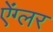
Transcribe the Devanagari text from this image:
ऐंग्लर